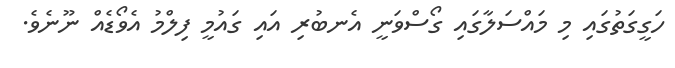
ހަގީގަތުގައި މި މައްސަލާގައި ގޯސްވަނީ އެނބުރި އައި ގައުމީ ފިލްމު އެވޯޑެއް ނޫނެވެ.